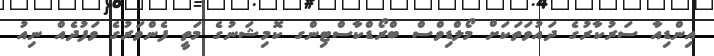
އިންޑިއާ ސަރުކާރުގެ ދައުވަތަކަށް މޯލްޑިވްސް ބްރޯޑްކާސްޓިންގ ކޮމިޝަނުގެ މަތީ ފެންވަރުގެ ވަފުދެއް ނިއު